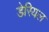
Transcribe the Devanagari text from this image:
डेरियल